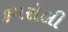
કમરોલી